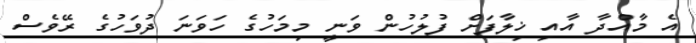
އެ މާއްދާ އާއި ޚިލާފަށް ފުލުހުން ވަނީ މިމަހުގެ ހަވަނަ ދުވަހުގެ ރޭވެސް